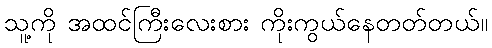
သူ့ကို အထင်ကြီးလေးစား ကိုးကွယ်နေတတ်တယ်။